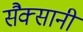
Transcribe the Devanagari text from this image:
सैक्सानी